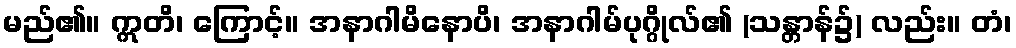
မည်၏။ ဣတိ၊ ကြောင့်။ အနာဂါမိနောပိ၊ အနာဂါမ်ပုဂ္ဂိုလ်၏ (သန္တာန်၌) လည်း။ တံ၊